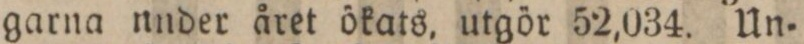
garna under året ökats, utgör 52,034. Un=